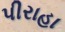
પીરાહા